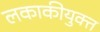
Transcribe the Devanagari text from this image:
लकाकीयुक्त